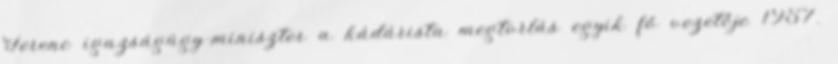
Ferenc igazságügy-miniszter a kádárista megtorlás egyik fő vezetője 1957.